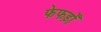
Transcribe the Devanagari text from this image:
फेफड़ोँ